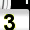
Digit: 3